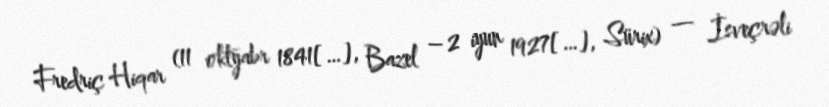
Fredriç Hiqar (11 oktyabr 1841[…], Bazel – 2 iyun 1927[…], Sürix) — İsveçrəli